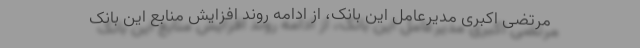
مرتضی اکبری مدیرعامل این بانک، از ادامه روند افزایش منابع این بانک